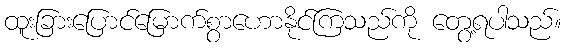
ထူးခြားပြောင်မြောက်စွာဟောနိုင်ကြသည်ကို တွေ့ရပါသည်။